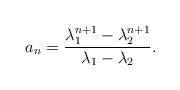
LaTeX: \begin{align*}a_n = \dfrac{\lambda_1^{n+1}-\lambda_2^{n+1}}{\lambda_1-\lambda_2}.\end{align*}